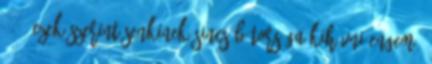
: - Ezek szerint senkinek sincs bátorsága kihívni engem,